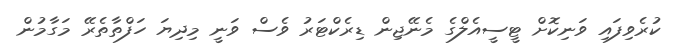
ކުރެވިފައި ވަނިކޮށް ޓީސީއެލްގެ މެނޭޖިން ޑިރެކްޓަރު ވެސް ވަނީ މިދިޔަ ހަފްތާތެރޭ މަގާމުން